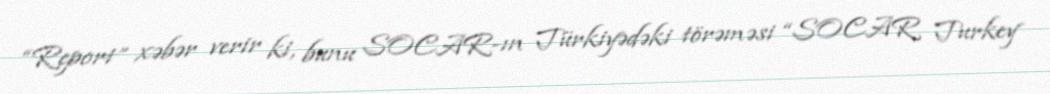
“Report” xəbər verir ki, bunu SOCAR-ın Türkiyədəki törəməsi “SOCAR Turkey